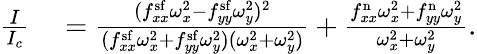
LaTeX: \begin{array}{rl}{\frac{I}{I_{c}}}&{{}=\frac{(f_{xx}^{\mathrm{sf}}\omega_{x}^{2}-f_{yy}^{\mathrm{sf}}\omega_{y}^{2})^{2}}{(f_{xx}^{\mathrm{sf}}\omega_{x}^{2}+f_{yy}^{\mathrm{sf}}\omega_{y}^{2})(\omega_{x}^{2}+\omega_{y}^{2})}+\frac{f_{xx}^{\mathrm{n}}\omega_{x}^{2}+f_{yy}^{\mathrm{n}}\omega_{y}^{2}}{\omega_{x}^{2}+\omega_{y}^{2}}.}\end{array}